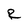
Character: R